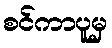
စင်ကာပူမှ